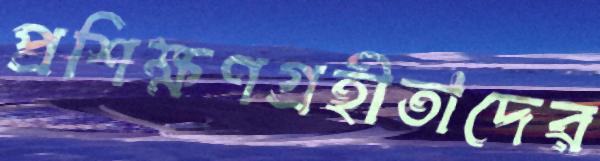
প্রশিক্ষণগ্রহীতাদের